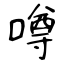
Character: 噂